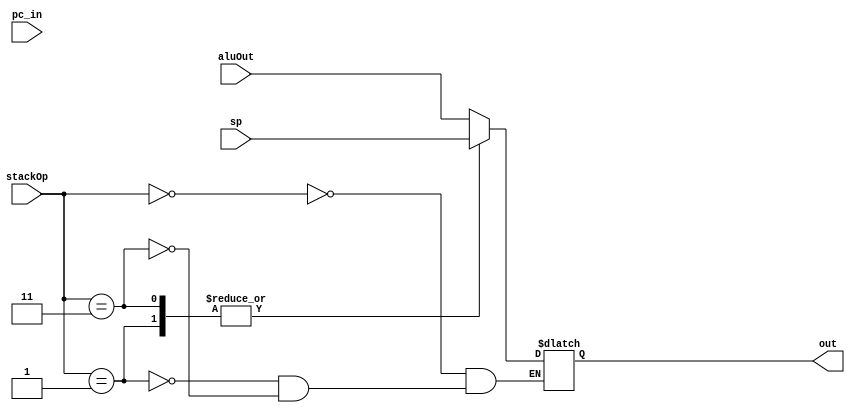
module two2four_maddr(
    input [1:0] stackOp,
    input [31:0] aluOut,
    input [31:0] sp,
    input [31:0] pc_in,
    output reg [31:0] out
);

    always @(*)
    begin
        case(stackOp)
            2'b00: out = aluOut;
            2'b01: out = sp;
            2'b11: out = sp;
            // 2'b11: out = pc_in;
        endcase
        $display("StackOP: %b", stackOp);
    end

endmodule